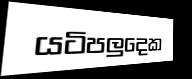
යටිපලුදෙක